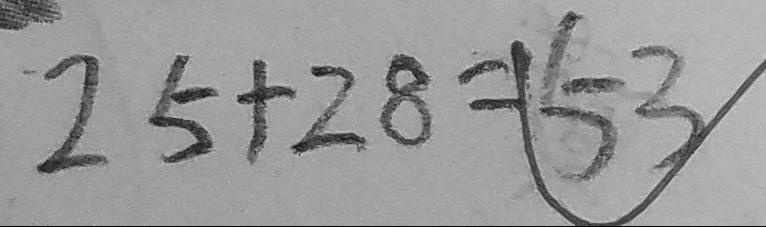
2 5 + 2 8 = 5 3